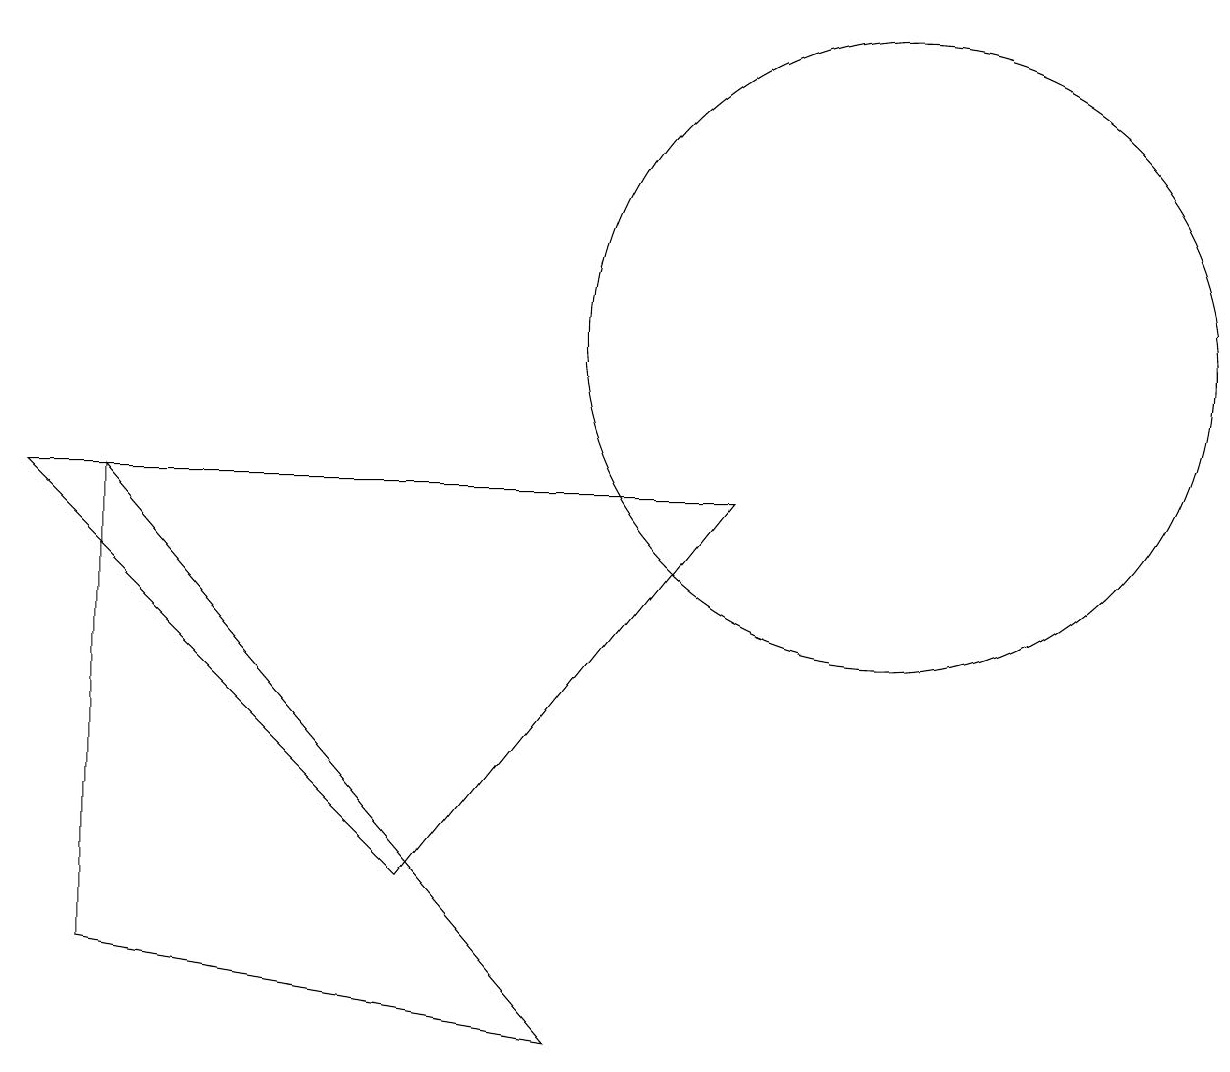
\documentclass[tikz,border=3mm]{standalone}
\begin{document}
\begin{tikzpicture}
\draw (1,9) -- (1,3) -- (7,2) -- cycle;
\draw (11,11) circle (4);
\draw (9,9) -- (5,4) -- (0,9) -- cycle;
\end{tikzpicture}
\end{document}